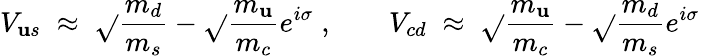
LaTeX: V_{\mathbf{u}s}\; \approx\; \sqrt{}{{\frac{{m_{d}}}{{m_{s}}}}}-\sqrt{}{{\frac{{m_{\mathbf{u}}}}{{m_{c}}}}}e^{i\sigma}\; ,\; \; \; \; \; \; \; V_{cd}\; \approx\; \sqrt{}{{\frac{{m_{\mathbf{u}}}}{{m_{c}}}}}-\sqrt{}{{\frac{{m_{d}}}{{m_{s}}}}}e^{i\sigma}\;